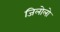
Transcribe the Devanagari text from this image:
जिलोलो